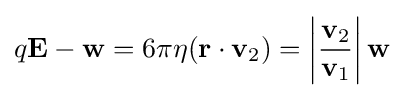
q\mathbf {E} -\mathbf {w} =6\pi \eta (\mathbf {r} \cdot \mathbf {v} _{2})=\left|{\frac {\mathbf {v} _{2}}{\mathbf {v} _{1}}}\right|\mathbf {w}